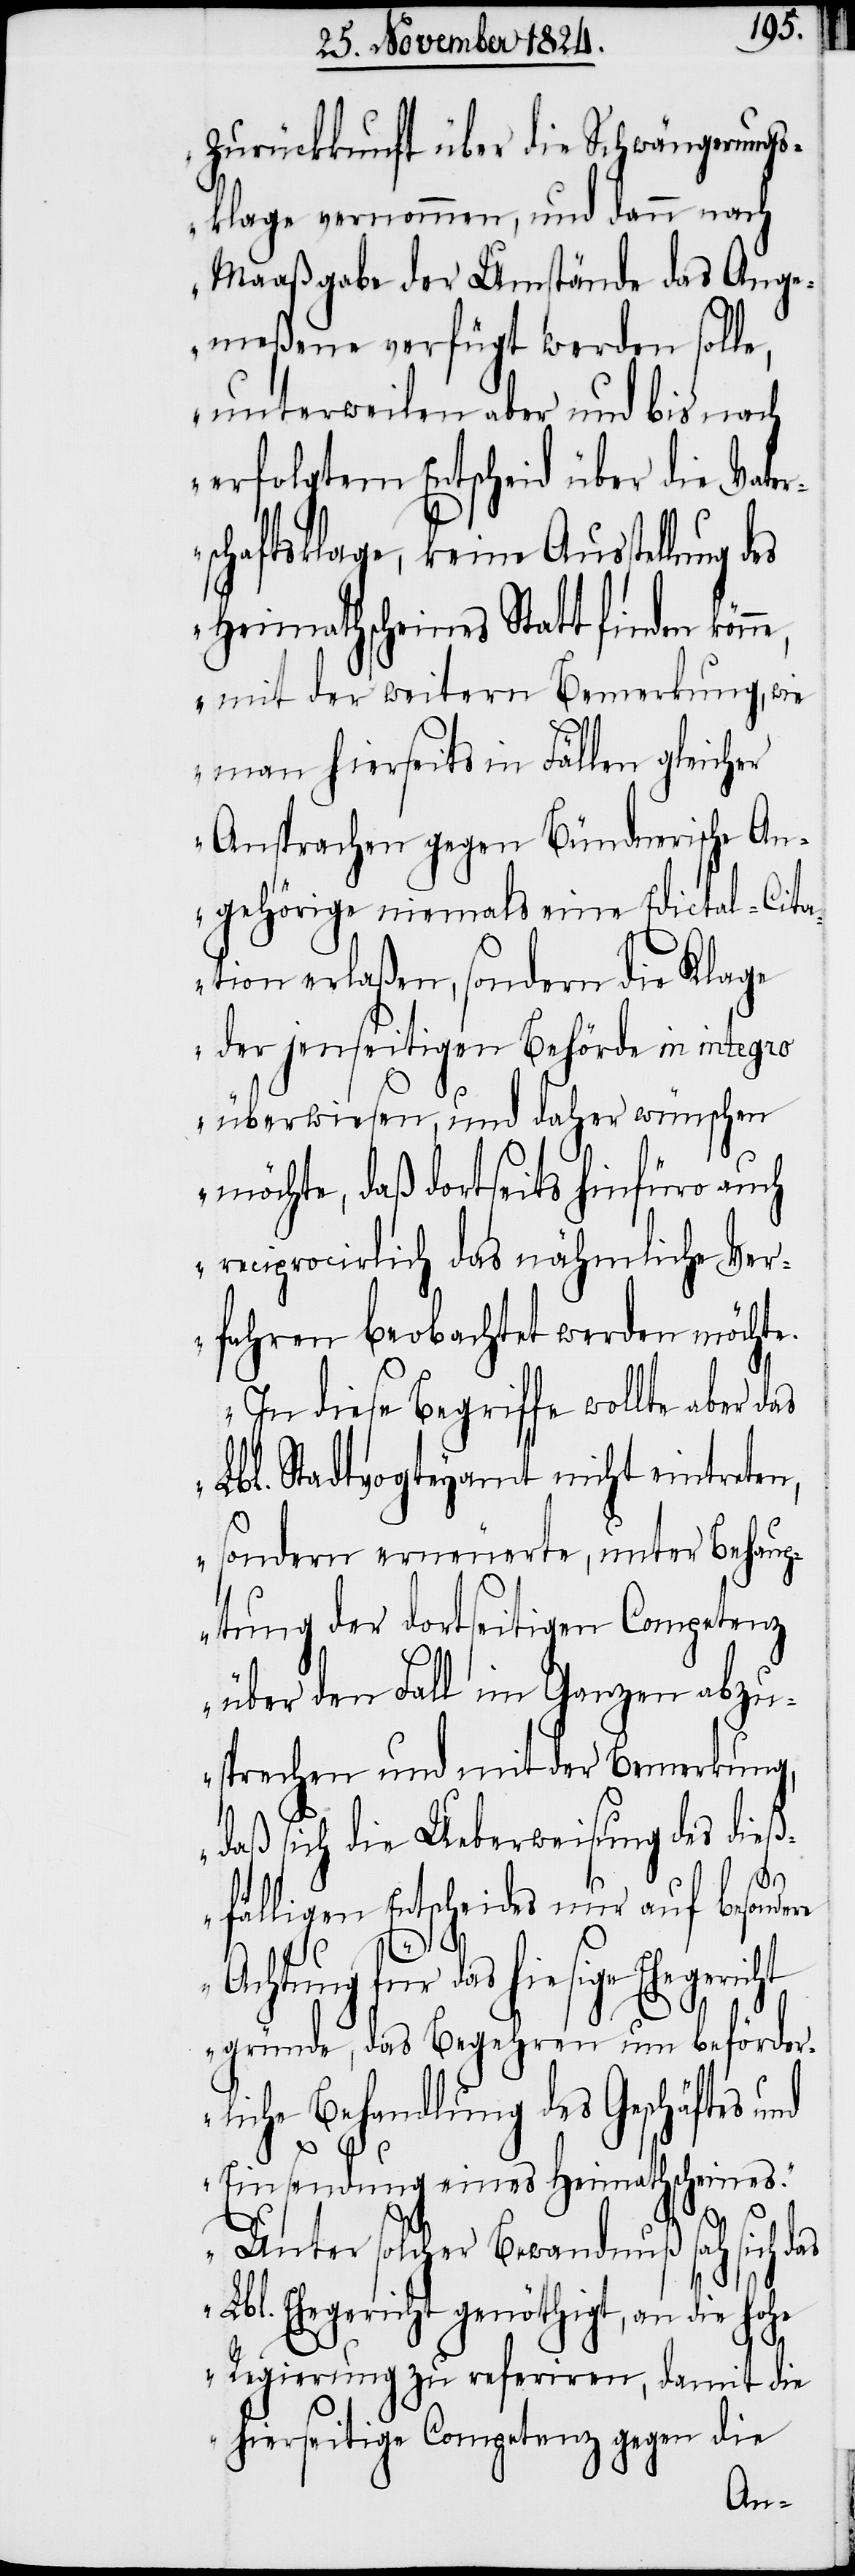
Zurückkunft über die Schwängerungs¬
klage vernommen, und dann nach
Maaßgabe der Umstände das Ange¬
meßene verfügt werden solle,
unterweilen aber und bis nach
erfolgtem Entscheid über die Vate¬
schaftsklage, keine Ausstellung d¬
Heimathscheines Statt finden kön¬
mit der weitern Bemerkung, wie
man hierseits in Fällen gleicher
Ansprachen gegen Bündnerische An¬
gehörige niemals eine Edictal-Cita¬
tion erlaßen, sondern die Klage
der jenseitigen Behörde in integro
überwiesen, und daher wünschen
möchte, daß dortseits hinfüro auch
he Ver¬
reciprocirlich das nähm¬
icht
fahren beobachtet werd¬
ber das
In diese Begriffe wollte
Lbl. Stadtvogteyamt nicht eintreten,
sondern erneuerte, unter Beh¬
ptung der dortseitigen Competenz
über den Fall im Ganzen abzu¬
sprechen und mit der Bemerkung,
daß sich die Ueberweisung des dieß¬
fälligen Entscheids nur auf besondere
Achtung für das hiesige Eheger¬
gründe, das Begehren um beförder¬
liche Behandlung des Geschäftes u¬
nd
Einsendung eines Heimathscheines.
en
Unter solcher Bewandnuß sah sich das
Lbl. Ehegericht genöthigt, an die hohe
Regierung zu referiren, damit die
hierseitige Competenz gegen die